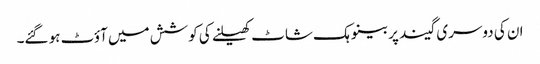
ان کی دوسری گیند پر بینو ہک شاٹ کھیلنے کی کوشش میں آؤٹ ہو گئے۔